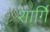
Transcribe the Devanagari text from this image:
शार्गिं